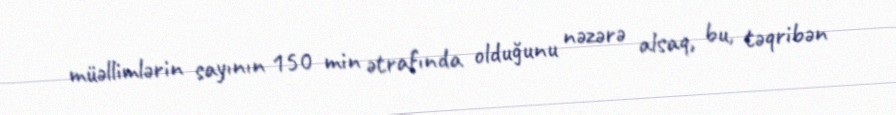
müəllimlərin sayının 150 min ətrafında olduğunu nəzərə alsaq, bu, təqribən